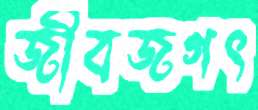
জীবজগৎ